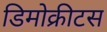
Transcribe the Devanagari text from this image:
डिमोक्रीटस